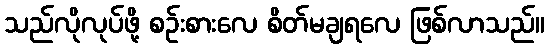
သည်လိုလုပ်ဖို့ စဉ်းစားလေ စိတ်မချရလေ ဖြစ်လာသည်။